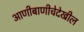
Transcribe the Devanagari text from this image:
आणीबाणीचेदेखील